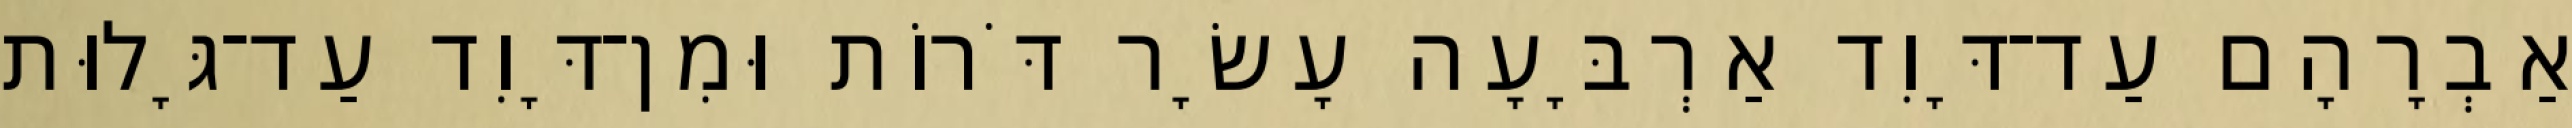
אַבְרָהָם עַד־דָּוִד אַרְבָּעָה עָשָׂר דֹּרוֹת וּמִן־דָּוִד עַד־גָּלוּת